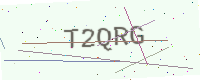
Text: T2QRG